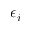
\epsilon _ { i }